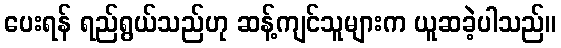
ပေးရန် ရည်ရွယ်သည်ဟု ဆန့်ကျင်သူများက ယူဆခဲ့ပါသည်။